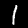
Label: 1